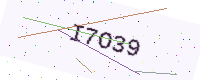
Text: I7O39